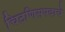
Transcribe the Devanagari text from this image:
चिटणिसपदाचे